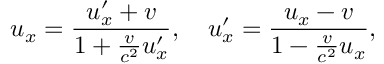
u _ { x } = { \frac { u _ { x } ^ { \prime } + v } { 1 + { \frac { v } { c ^ { 2 } } } u _ { x } ^ { \prime } } } , \quad u _ { x } ^ { \prime } = { \frac { u _ { x } - v } { 1 - { \frac { v } { c ^ { 2 } } } u _ { x } } } ,